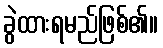
ခွဲထားရမည်ဖြစ်၏။